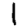
Digit: 1